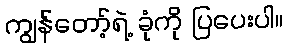
ကျွန်တော့်ရဲ့ ခုံကို ပြပေးပါ။